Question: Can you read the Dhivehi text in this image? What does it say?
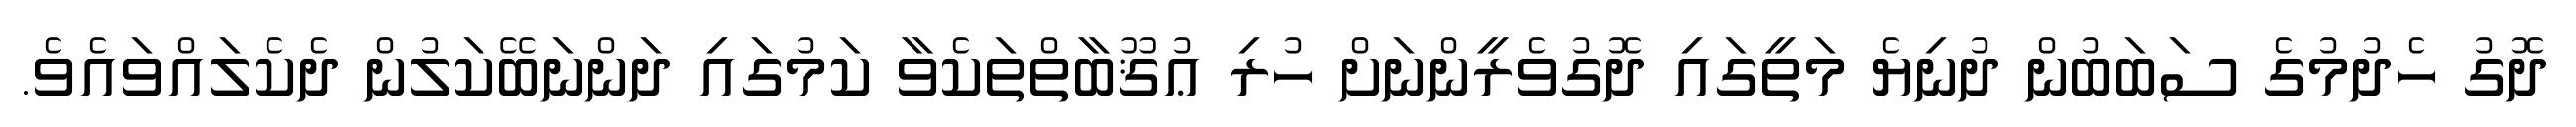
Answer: ދޮގު ހެދުމުގެ ސަބަބުން ދުނިޔެ މަތީގައި ދޮގުވެރީންނަށް ހުރި ޢުޤޫބާތްތަކެވާ ކަމުގައި ދަންނަބޭކަލުން ދެކެލައްވައެވެ.